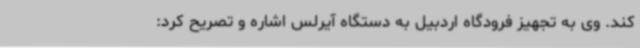
کند. وی به تجهیز فرودگاه اردبیل به دستگاه آیرلس اشاره و تصریح کرد: